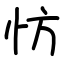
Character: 㤃